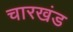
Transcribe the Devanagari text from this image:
चारखंड